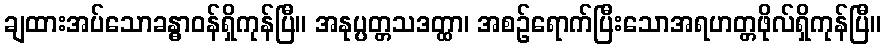
ချထားအပ်သောခန္ဓာဝန်ရှိကုန်ပြီ။ အနုပ္ပတ္တသဒတ္ထာ၊ အစဉ်ရောက်ပြီးသောအရဟတ္တဖိုလ်ရှိကုန်ပြီ။